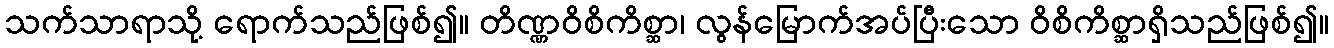
သက်သာရာသို့ ရောက်သည်ဖြစ်၍။ တိဏ္ဏဝိစိကိစ္ဆာ၊ လွန်မြောက်အပ်ပြီးသော ဝိစိကိစ္ဆာရှိသည်ဖြစ်၍။